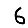
Digit: 6